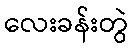
လေးခန်းတွဲ